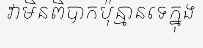
វាមិនពិបាកប៉ុន្មានទេក្នុង